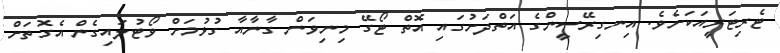
ޓެރިޓަރީއަކަށެވެ. އިނގިރޭސީންގެ އަތްދަށުގައި އޮތް ޓޯގޭ މިނިވަން ގާނާއާ ގުޅުމަށް ވޯޓުލައިގެން އެގޮތަށް